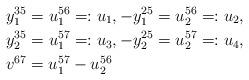
LaTeX: \begin{align*}&y_1^{35}=u_1^{56}=:u_1, -y_1^{25}=u_2^{56}=:u_2,\\&y_2^{35}=u_1^{57}=:u_3, -y_2^{25}=u_2^{57}=:u_4,\\&v^{67}=u_1^{57}-u_2^{56}\end{align*}